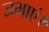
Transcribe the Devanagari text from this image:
जमाएं।